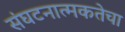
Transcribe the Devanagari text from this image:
संघटनात्मकतेचा